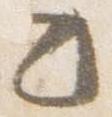
々